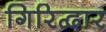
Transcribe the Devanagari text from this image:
गिरिद्वार